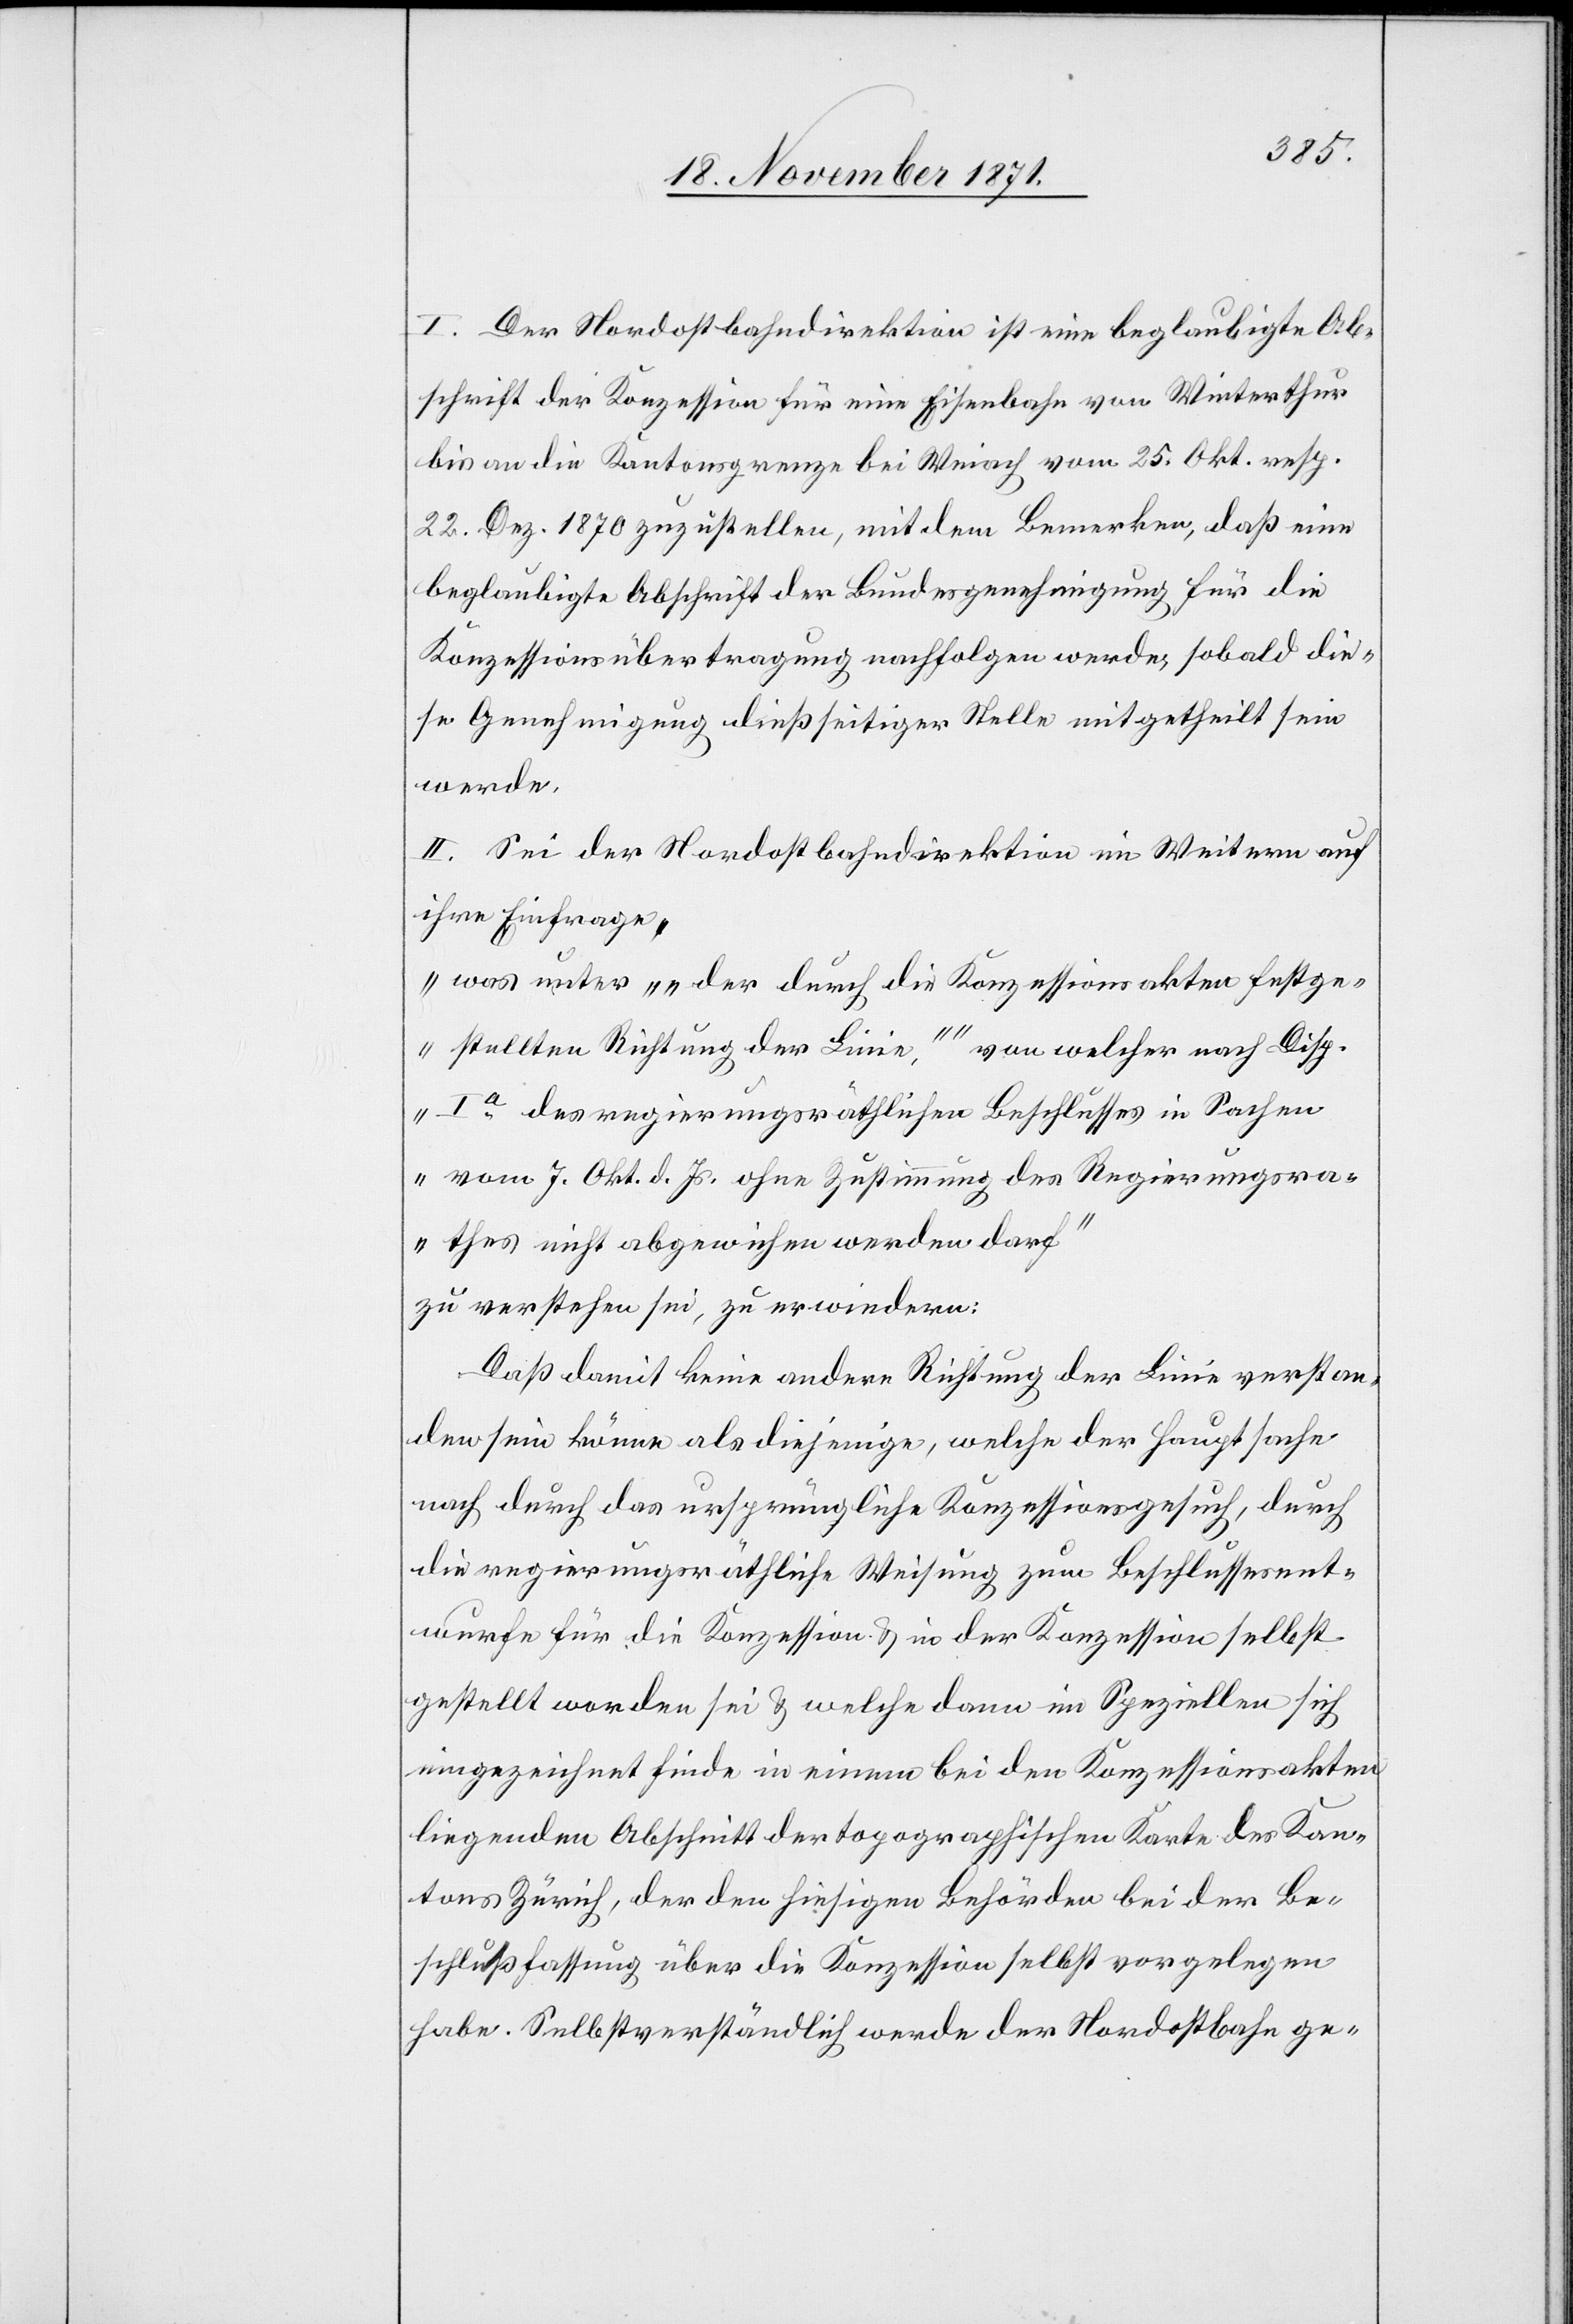
I. Der Nordostbahndirektion ist eine beglaubigte Ab¬
schrift der Konzession für eine Eisenbahn von Winterthur
bis an die Kantonsgrenze bei Weiach vom 25. Okt. resp.
22. Dez. 1870 zuzustellen, mit dem Bemerken, daß eine
beglaubigte Abschrift der Bundesgenehmigung für die
Konzessionsübertragung nachfolgen werde, sobald die¬
se Genehmigung dießseitiger Stelle mitgetheilt sein
werde.
II. Sei der Nordostbahndirektion im Weitern auf
ihre Einfrage
„was unter „„der durch die Konzessionsakten festge¬
stellten Richtung der Linie,““ von welcher nach Disp.
I.a des regierungsräthlichen Beschlusses in Sachen
vom 7. Okt. d. Js. ohne Zustimmung des Regierungsra¬
thes nicht abgewiesen werden darf“
zu verstehen sei, zu erwiedern:
Daß damit keine andere Richtung der Linie verstan¬
den sein könne als diejenige, welche der Hauptsache
nach durch das ursprüngliche Konzessionsgesuch, durch
die regierungsräthliche Weisung zum Beschlussesent¬
wurfe für die Konzession & in der Konzession selbst
gestellt worden sei & welche dann im Speziellen sich
eingezeichnet finde in einem bei den Konzessionsakten
liegenden Abschrift der topographischen Karte des Kan¬
tons Zürich, der den hiesigen Behörden bei der Be¬
schlussfassung über die Konzession selbst vorgelegen
habe. Selbstverständlich werde der Nordostbahn ge-